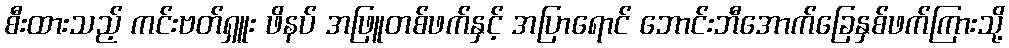
စီးထားသည့် ကင်းဗတ်ရှူး ဖိနပ် အဖြူတစ်ဖက်နှင့် အပြာရောင် ဘောင်းဘီအောက်ခြေနှစ်ဖက်ကြားသို့